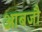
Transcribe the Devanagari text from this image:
आबजौ